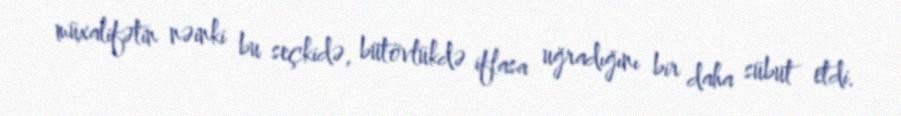
müxalifətin nəinki bu seçkidə, bütövlükdə iflasa uğradığını bir daha sübut etdi.